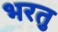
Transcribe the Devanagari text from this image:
भरतु